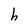
Character: h